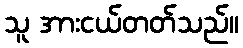
သူ အားငယ်တတ်သည်။